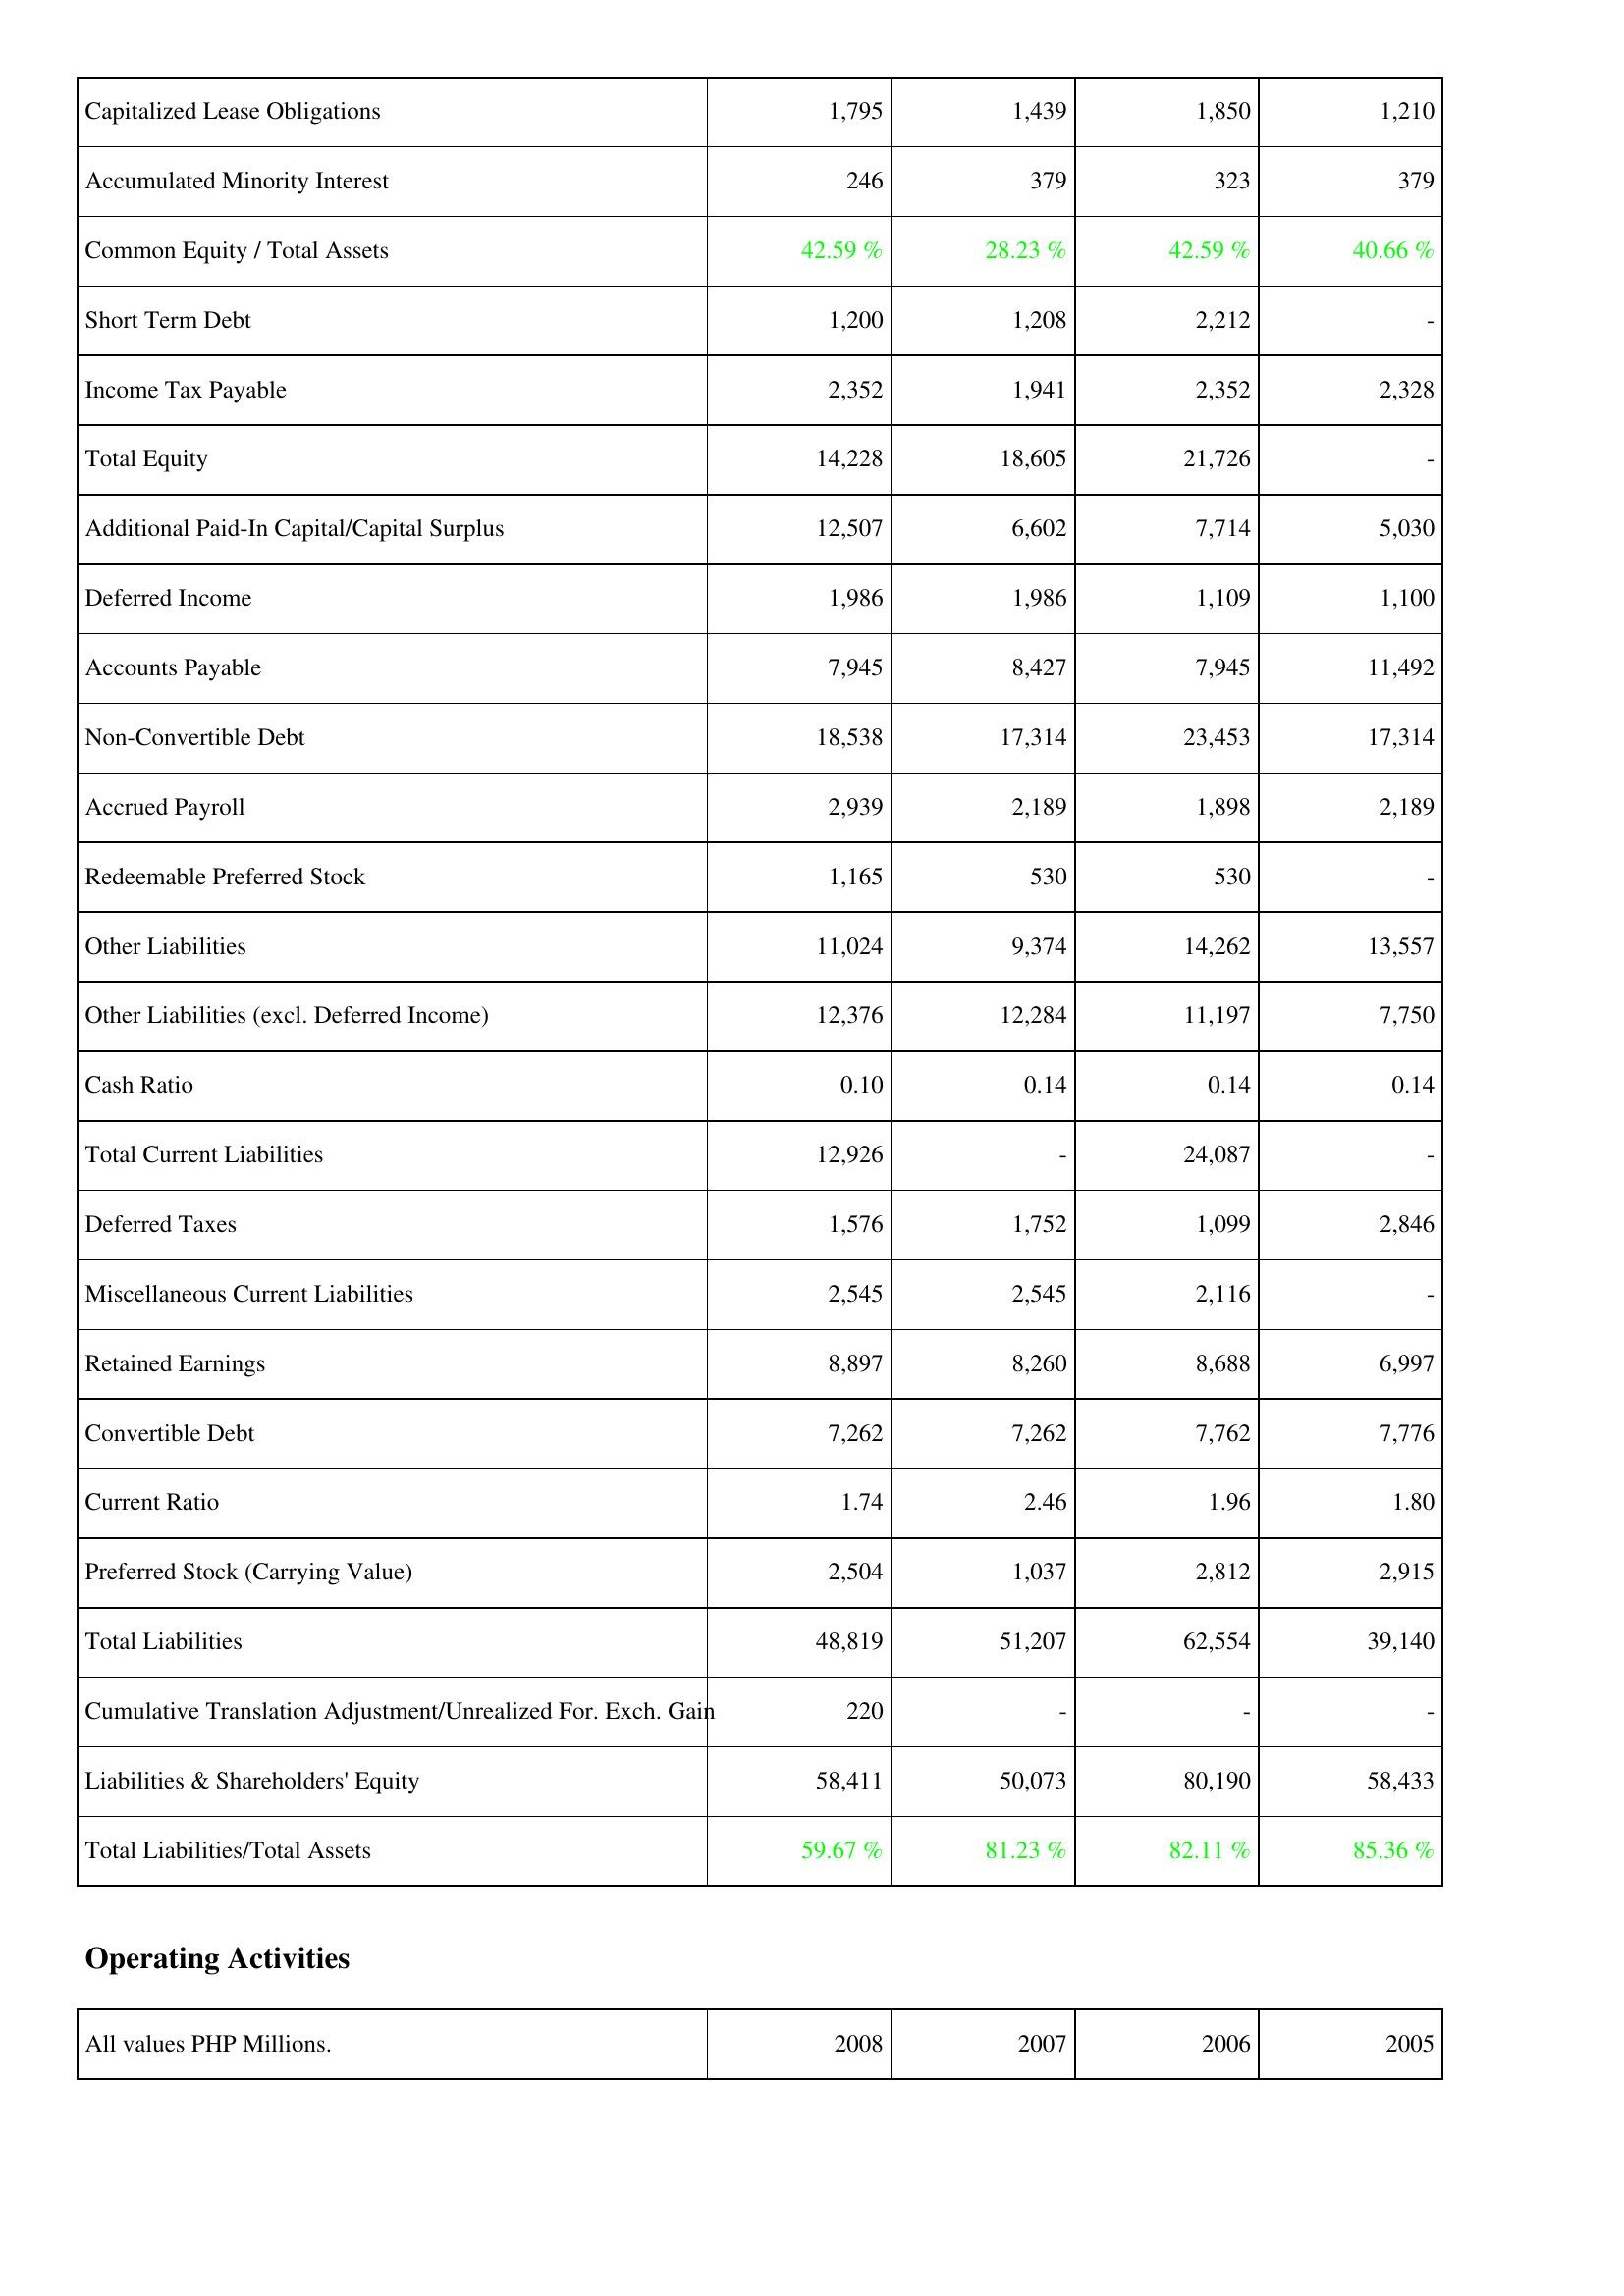
2008: Liabilities & Shareholders' Equity: Capitalized Lease Obligations: 1,795
Accumulated Minority Interest: 246
Common Equity / Total Assets: 42.59 %
Short Term Debt: 1,200
Income Tax Payable: 2,352
Total Equity: 14,228
Additional Paid-In Capital/Capital Surplus: 12,507
Deferred Income: 1,986
Accounts Payable: 7,945
Non-Convertible Debt: 18,538
Accrued Payroll: 2,939
Redeemable Preferred Stock: 1,165
Other Liabilities: 11,024
Other Liabilities (excl. Deferred Income): 12,376
Cash Ratio: 0.10
Total Current Liabilities: 12,926
Deferred Taxes: 1,576
Miscellaneous Current Liabilities: 2,545
Retained Earnings: 8,897
Convertible Debt: 7,262
Current Ratio: 1.74
Preferred Stock (Carrying Value): 2,504
Total Liabilities: 48,819
Cumulative Translation Adjustment/Unrealized For. Exch. Gain: 220
Liabilities & Shareholders' Equity: 58,411
Total Liabilities/Total Assets: 59.67 %
2007: Liabilities & Shareholders' Equity: Capitalized Lease Obligations: 1,439
Accumulated Minority Interest: 379
Common Equity / Total Assets: 28.23 %
Short Term Debt: 1,208
Income Tax Payable: 1,941
Total Equity: 18,605
Additional Paid-In Capital/Capital Surplus: 6,602
Deferred Income: 1,986
Accounts Payable: 8,427
Non-Convertible Debt: 17,314
Accrued Payroll: 2,189
Redeemable Preferred Stock: 530
Other Liabilities: 9,374
Other Liabilities (excl. Deferred Income): 12,284
Cash Ratio: 0.14
Total Current Liabilities: -
Deferred Taxes: 1,752
Miscellaneous Current Liabilities: 2,545
Retained Earnings: 8,260
Convertible Debt: 7,262
Current Ratio: 2.46
Preferred Stock (Carrying Value): 1,037
Total Liabilities: 51,207
Cumulative Translation Adjustment/Unrealized For. Exch. Gain: -
Liabilities & Shareholders' Equity: 50,073
Total Liabilities/Total Assets: 81.23 %
2006: Liabilities & Shareholders' Equity: Capitalized Lease Obligations: 1,850
Accumulated Minority Interest: 323
Common Equity / Total Assets: 42.59 %
Short Term Debt: 2,212
Income Tax Payable: 2,352
Total Equity: 21,726
Additional Paid-In Capital/Capital Surplus: 7,714
Deferred Income: 1,109
Accounts Payable: 7,945
Non-Convertible Debt: 23,453
Accrued Payroll: 1,898
Redeemable Preferred Stock: 530
Other Liabilities: 14,262
Other Liabilities (excl. Deferred Income): 11,197
Cash Ratio: 0.14
Total Current Liabilities: 24,087
Deferred Taxes: 1,099
Miscellaneous Current Liabilities: 2,116
Retained Earnings: 8,688
Convertible Debt: 7,762
Current Ratio: 1.96
Preferred Stock (Carrying Value): 2,812
Total Liabilities: 62,554
Cumulative Translation Adjustment/Unrealized For. Exch. Gain: -
Liabilities & Shareholders' Equity: 80,190
Total Liabilities/Total Assets: 82.11 %
2005: Liabilities & Shareholders' Equity: Capitalized Lease Obligations: 1,210
Accumulated Minority Interest: 379
Common Equity / Total Assets: 40.66 %
Short Term Debt: -
Income Tax Payable: 2,328
Total Equity: -
Additional Paid-In Capital/Capital Surplus: 5,030
Deferred Income: 1,100
Accounts Payable: 11,492
Non-Convertible Debt: 17,314
Accrued Payroll: 2,189
Redeemable Preferred Stock: -
Other Liabilities: 13,557
Other Liabilities (excl. Deferred Income): 7,750
Cash Ratio: 0.14
Total Current Liabilities: -
Deferred Taxes: 2,846
Miscellaneous Current Liabilities: -
Retained Earnings: 6,997
Convertible Debt: 7,776
Current Ratio: 1.80
Preferred Stock (Carrying Value): 2,915
Total Liabilities: 39,140
Cumulative Translation Adjustment/Unrealized For. Exch. Gain: -
Liabilities & Shareholders' Equity: 58,433
Total Liabilities/Total Assets: 85.36 %